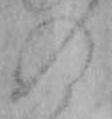
の